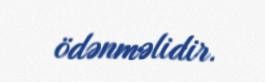
ödənməlidir.